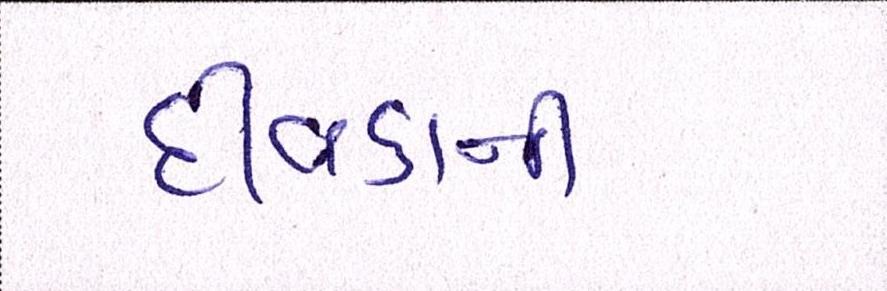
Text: દીવડાની